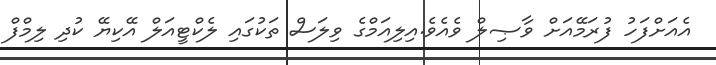
އެއަށްފަހު ފުރަމޭއަށް ވާޞިލް ވެއެވެ.އިލިއަމްގެ ވިލަސް ތަކުގައި ލެކްޓީއަލް އޭކިޔޭ ކުދި ލިމްފް